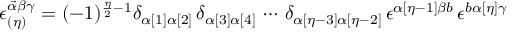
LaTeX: \epsilon _ { ( \eta ) } ^ { \vec { \alpha } \beta \gamma } = ( - 1 ) ^ { \frac { \eta } { 2 } - 1 } \delta _ { \alpha [ 1 ] \alpha [ 2 ] } \, \delta _ { \alpha [ 3 ] \alpha [ 4 ] } \, \cdots \, \delta _ { \alpha [ \eta - 3 ] \alpha [ \eta - 2 ] } \, \epsilon ^ { \alpha [ \eta - 1 ] \beta b } \, \epsilon ^ { b \alpha [ \eta ] \gamma } \;